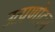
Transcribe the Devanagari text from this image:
उत्प्रणोदन